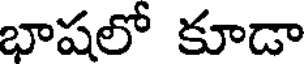
భాషలో కూడా